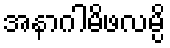
အနာဂါမိဖလမ္ပိ